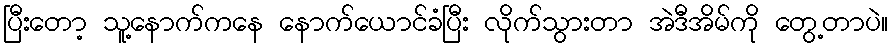
ပြီးတော့ သူ့နောက်ကနေ နောက်ယောင်ခံပြီး လိုက်သွားတာ အဲဒီအိမ်ကို တွေ့တာပဲ။